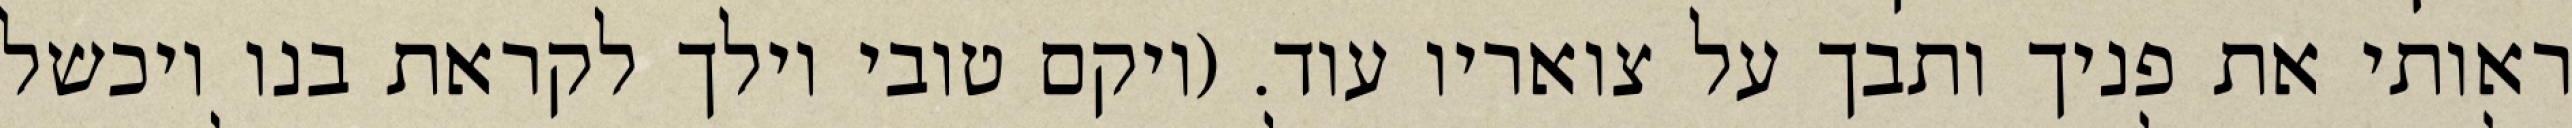
ראותי את פניך ותבך על צואריו עוד. (ויקם טובי וילך לקראת בנו ויכשל